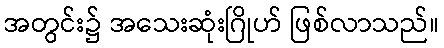
အတွင်း၌ အသေးဆုံးဂြိုဟ် ဖြစ်လာသည်။